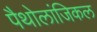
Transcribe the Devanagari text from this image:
पैथोलांजिकल